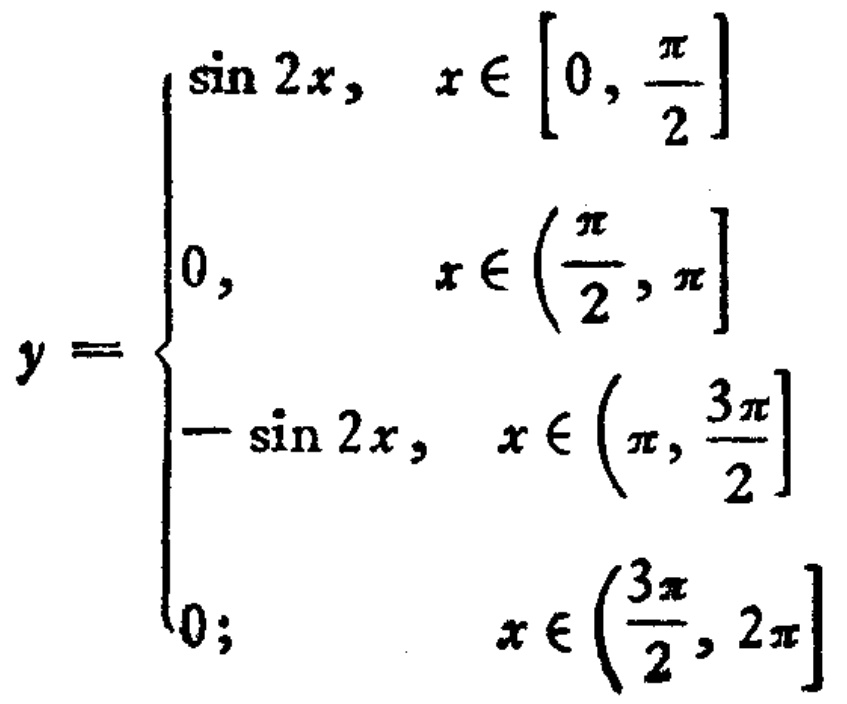
\[

y =

\begin{cases}

\sin 2x, & x \in \left[0, \frac{\pi}{2}\right] \\

0, & x \in \left(\frac{\pi}{2}, \pi\right] \\

-\sin 2x, & x \in \left(\pi, \frac{3\pi}{2}\right] \\

0; & x \in \left(\frac{3\pi}{2}, 2\pi\right]

\end{cases}

\]